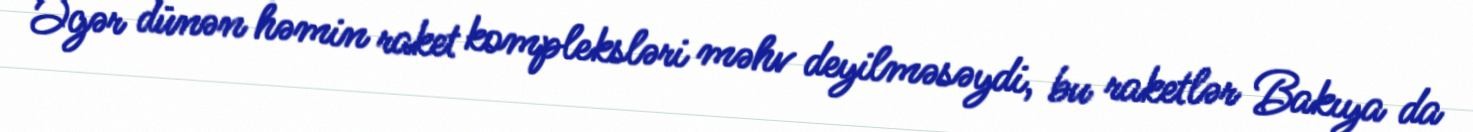
Əgər dünən həmin raket kompleksləri məhv deyilməsəydi, bu raketlər Bakıya da